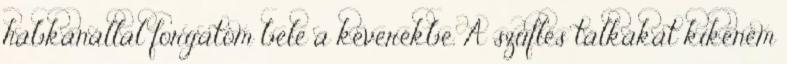
habkanállal forgatom bele a keverékbe. A szuflés tálkákat kikenem